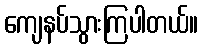
ကျေနပ်သွားကြပါတယ်။